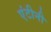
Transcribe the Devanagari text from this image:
एंटीनी